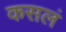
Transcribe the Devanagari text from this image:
कसलं